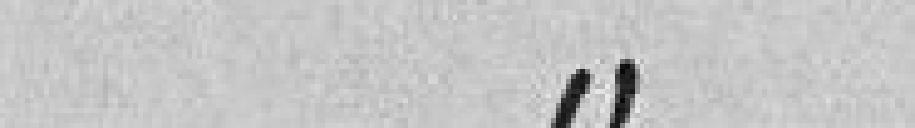
600 francs